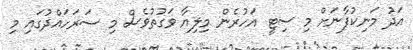
އަދު މަނިކުފާނަށް މި ސިޓީ އަހުރެން މިލިޔާ ވަގުތުވެސް މި ސަރަހައްދުގައި މި